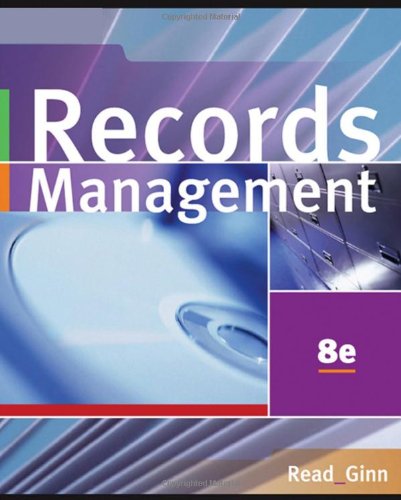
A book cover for Records Management (with CD-ROM); Judith Read; Business & Money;